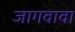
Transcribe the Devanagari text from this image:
जागवावा